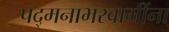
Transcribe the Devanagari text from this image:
पद्मनाभस्वामींना